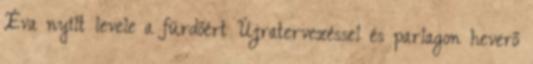
Éva nyílt levele a fürdőért Újratervezéssel és parlagon heverő